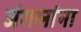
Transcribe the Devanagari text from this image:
जंगलांना